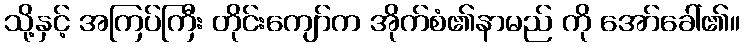
သို့နှင့် အကြပ်ကြီး တိုင်းကျော်က အိုက်စံ၏နာမည် ကို အော်ခေါ်၏။